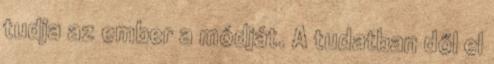
tudja az ember a módját. A tudatban dől el